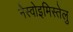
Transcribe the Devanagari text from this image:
नैस्वोइमिस्तेलु